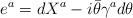
LaTeX: \begin{align*}{ e^a=dX^a-i\bar\theta\gamma^ad\theta}\end{align*}